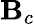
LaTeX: \mathbf{B}_{c}